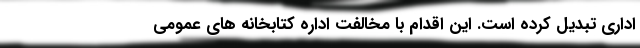
اداری تبدیل کرده است. این اقدام با مخالفت اداره کتابخانه های عمومی